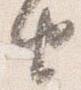
由